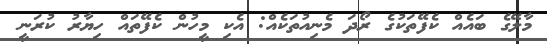
މާލޭގެ ބައެއް ކެފޭތަކުގެ ރޯދަ މެނިއުތަކެއް: އެކި މީހުން ކެފޭތައް ހިޔާރު ކުރަނީ